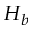
H _ { b }